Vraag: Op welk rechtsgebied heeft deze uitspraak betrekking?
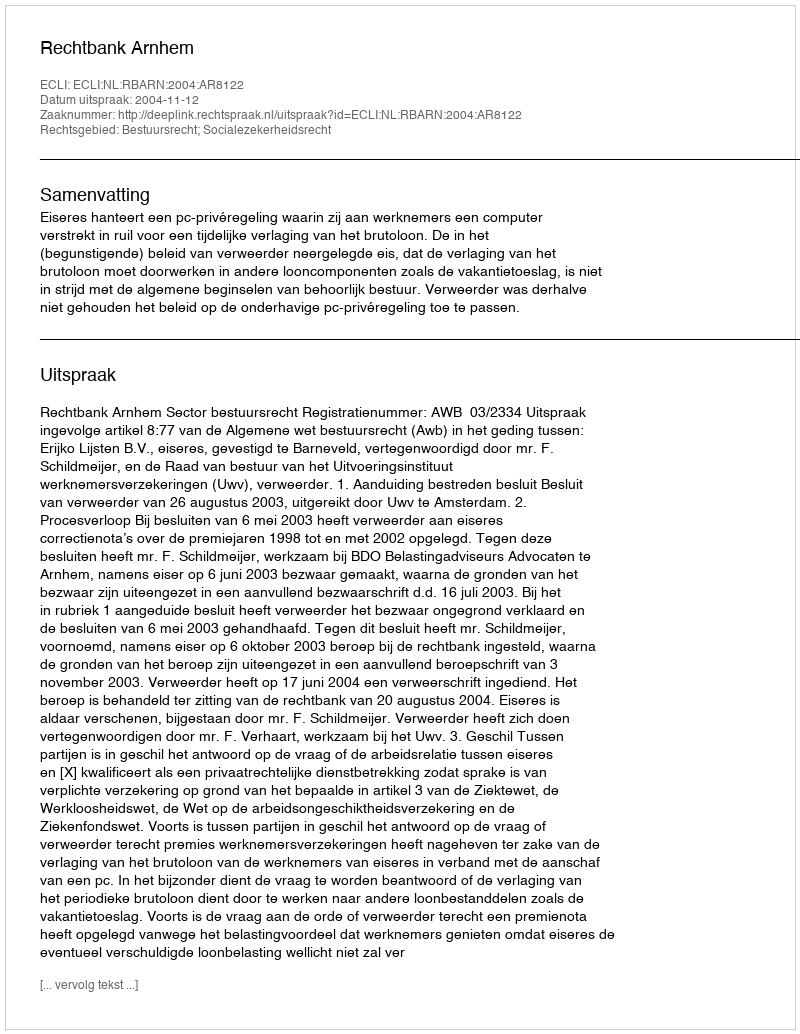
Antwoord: Bestuursrecht; Socialezekerheidsrecht